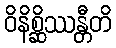
ဝိနိစ္ဆိဿန္တီတိ